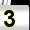
Digit: 3